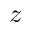
z